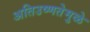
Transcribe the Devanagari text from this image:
अतिउष्णतेमुळे